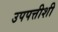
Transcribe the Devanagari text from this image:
उपपत्तीशी